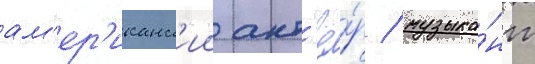
ам'ер'иканск'ии акт'ё́р / музыка́нт